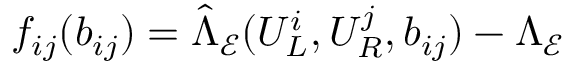
f _ { i j } ( b _ { i j } ) = \hat { \Lambda } _ { \mathcal { E } } ( U _ { L } ^ { i } , U _ { R } ^ { j } , b _ { i j } ) - \Lambda _ { \mathcal { E } }